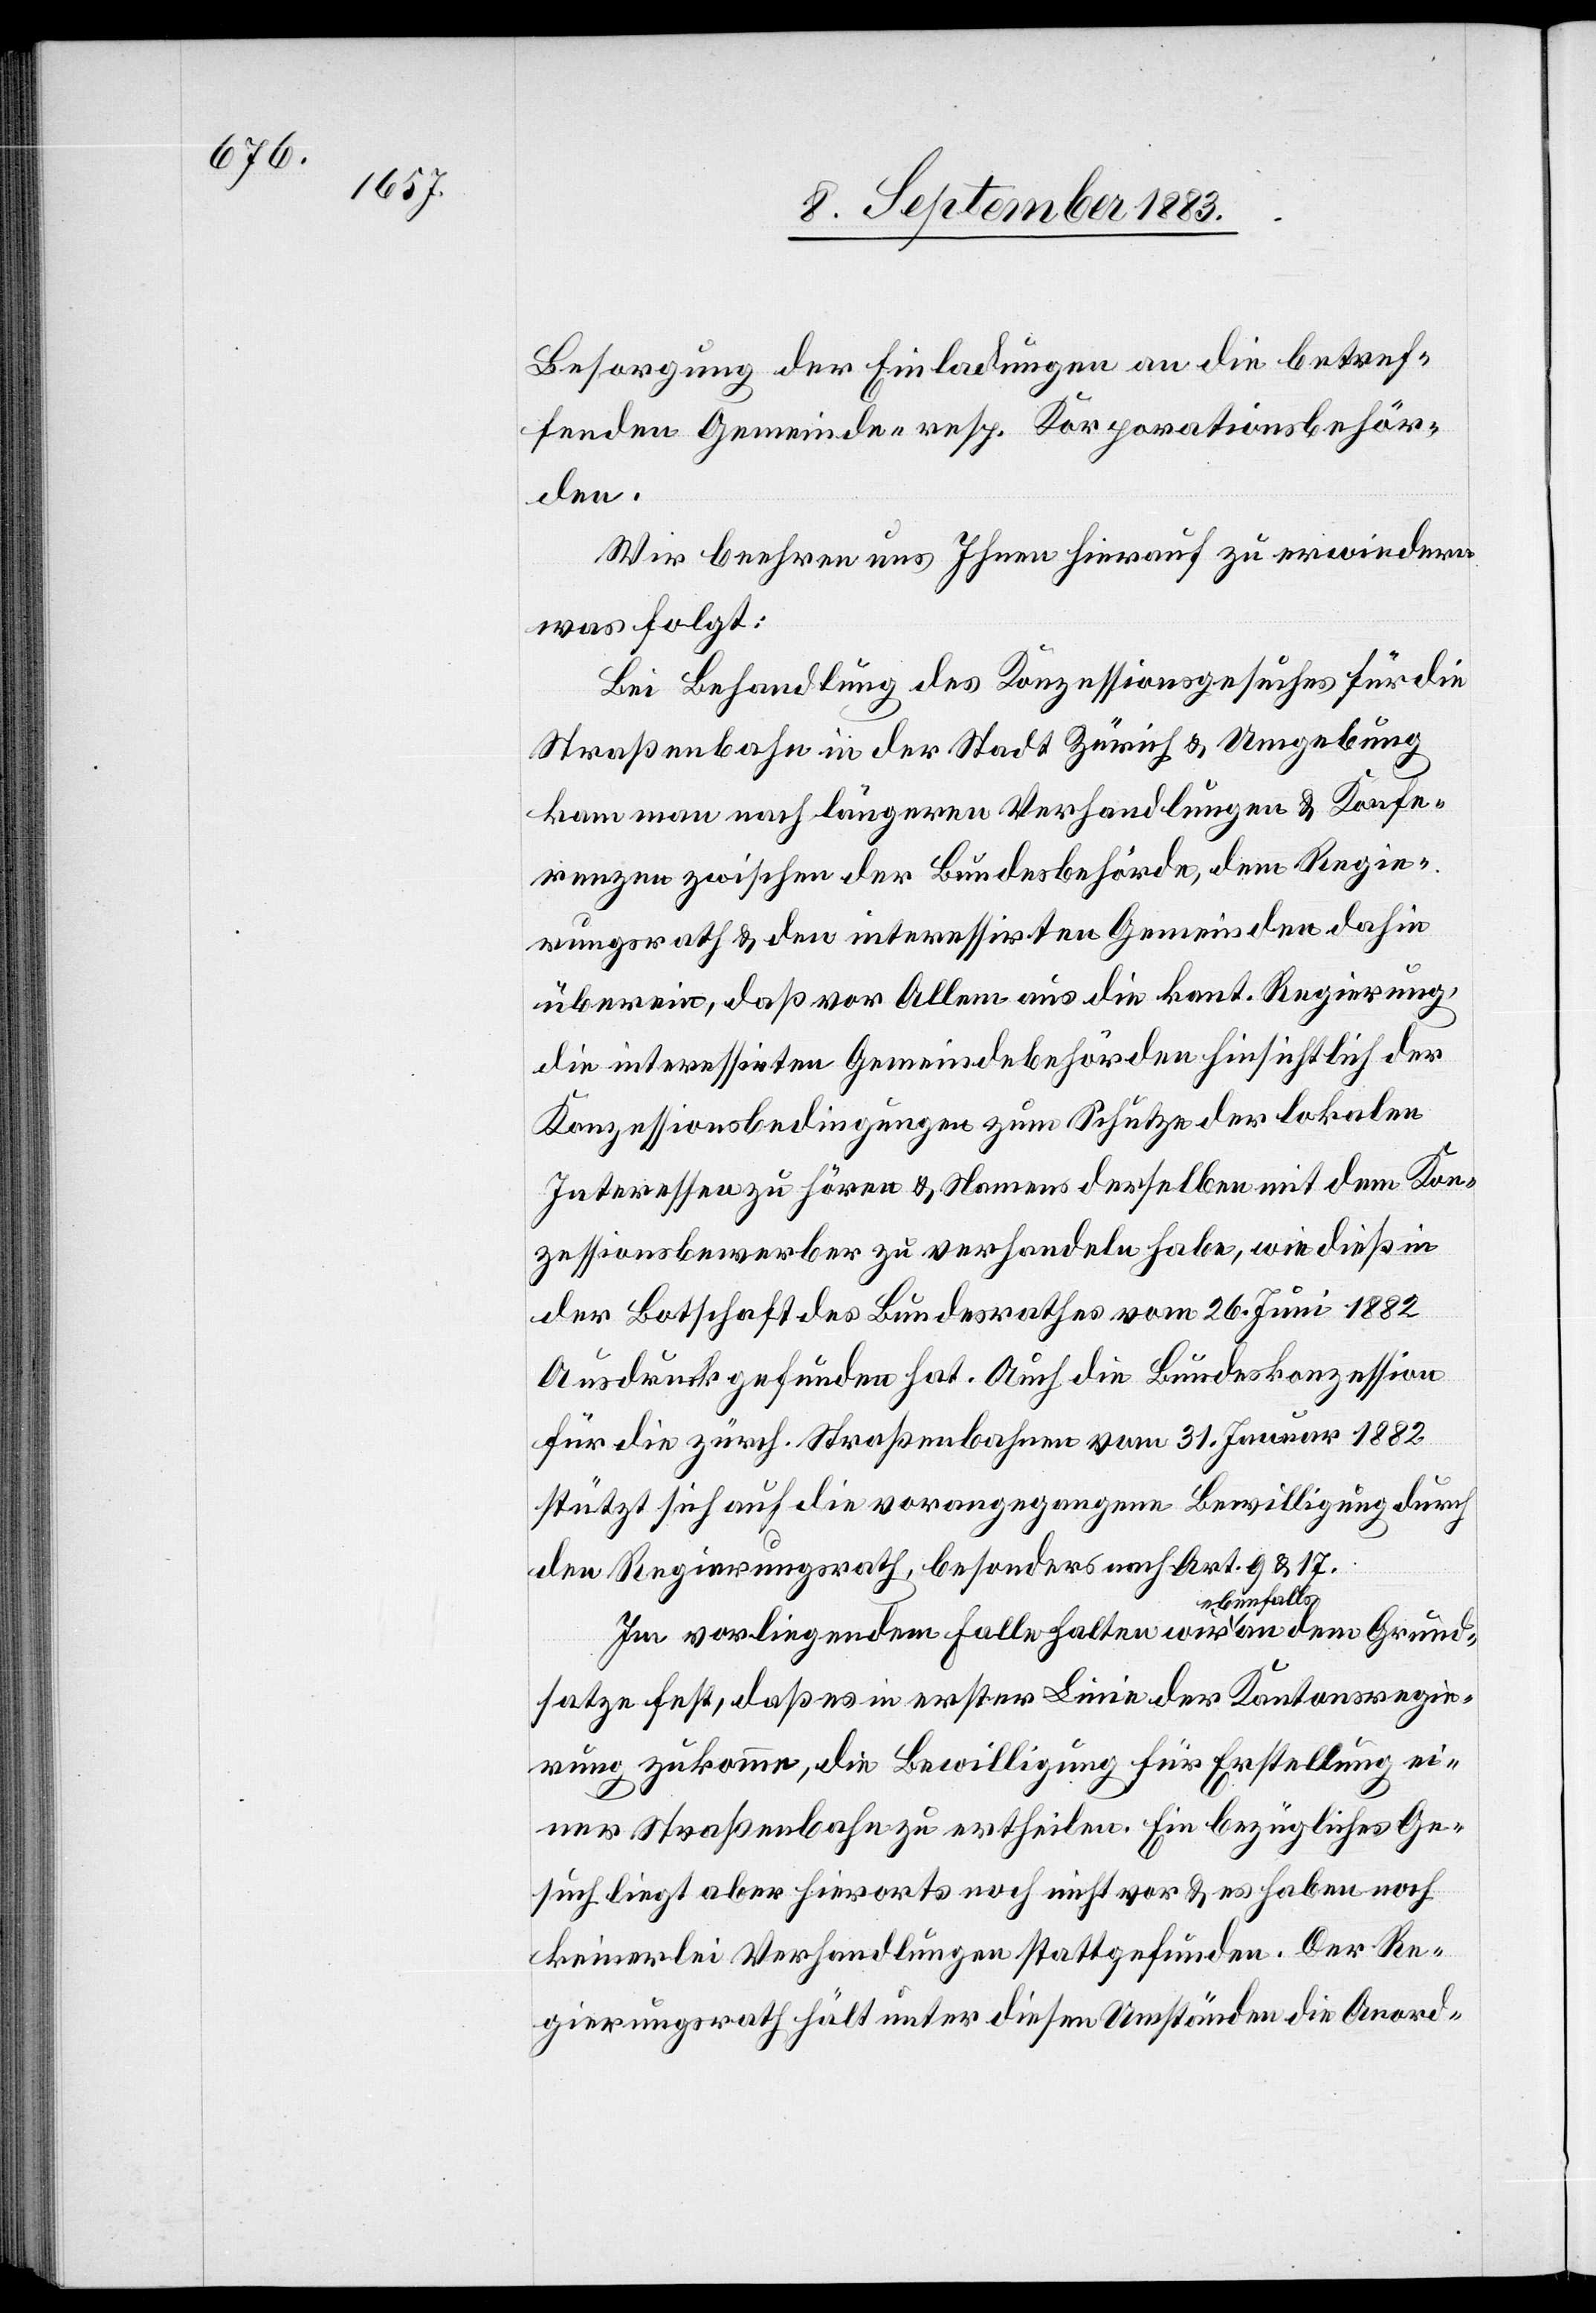
Besorgung der Einladungen an die betref¬
fenden Gemeinde- resp. Korporationsbehör¬
den.
Wir beehren uns Ihnen hierauf zu erwiedern
was folgt:
Bei Behandlung des Konzessionsgesuches für die
Straßenbahn in der Stadt Zürich & Umgebung
kam man nach längeren Verhandlungen & Konfe¬
renzen zwischen der Bundesbehörde, dem Regie¬
rungsrath & den interessirten Gemeinden dahin
überein, daß vor Allem aus die kant. Regierung,
die interessirten Gemeindebehörden hinsichtlich der
Konzessionsbedingungen zum Schutze der lokalen
Interessen zu hören & Namens derselben mit dem Kon¬
zessionsbewerber zu verhandeln habe, wie dieß in
der Botschaft des Bundesrathes vom 26. Juni 1882
Ausdruck gefunden hat. Auch die Bundeskonzession
für die zürch. Straßenbahnen vom 31. Januar 1882
stützt sich auf die vorangegangene Bewilligung durch
den Regierungsrath, besonders nach Art. 9 & 17.
Im vorliegenden Falle halten wir ebenfalls an dem Grund¬
satze fest, daß es in erster Linie der Kantonsregie¬
rung zukomme, die Bewilligung für Erstellung ei¬
ner Straßenbahn zu ertheilen. Ein bezügliches Ge¬
such liegt aber hierorts noch nicht vor & es haben noch
keinerlei Verhandlungen stattgefunden. Der Re¬
gierungsrath hält unter diesen Umständen die Anord-